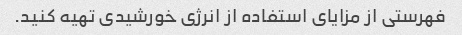
فهرستی از مزایای استفاده از انرژی خورشیدی تهیه کنید.